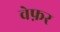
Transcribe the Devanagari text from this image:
वेफ़र